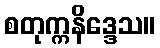
စတုက္ကနိဒ္ဒေသ။